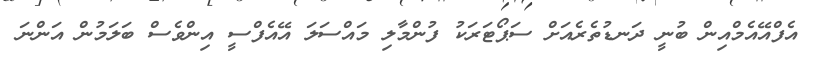
އެފްއޭއެމްއިން ބުނީ ދަނޑުތެރެއަށް ސަޕޯޓަރަކު ފުންމާލި މައްސަލަ އޭއެފްސީ އިންވެސް ބަލަމުން އަންނަ